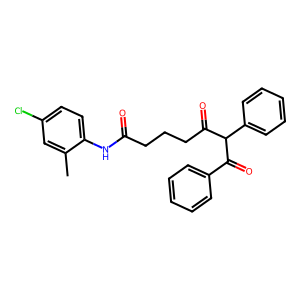
SMILES: Cc1cc(Cl)ccc1NC(=O)CCCC(=O)C(C(=O)c1ccccc1)c1ccccc1
Inhibits HIV replication: No